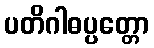
ပတိဂါဓပ္ပတ္တော